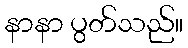
နာနာ ပွတ်သည်။